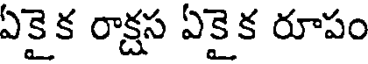
ఏకైక రాక్షస ఏకైక రూపం